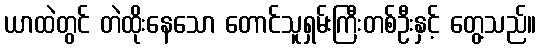
ယာထဲတွင် တဲထိုးနေသော တောင်သူရှမ်းကြီးတစ်ဦးနှင့် တွေ့သည်။